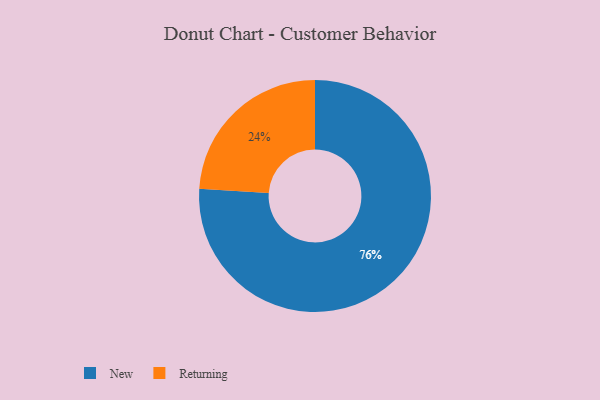
{"axis": {"x": "Category", "y": "Percentage"}, "legend": ["New", "Returning"], "data": [{"x": "New", "y": 76, "type": "New"}, {"x": "Returning", "y": 24, "type": "Returning"}]}